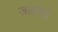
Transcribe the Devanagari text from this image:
जळवेचे